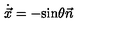
{ \dot { \vec { x } } } = - \mathrm { s i n } \theta \vec { n }